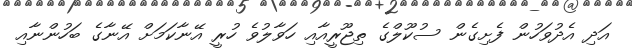
އަދި އެދުވަހުން ފެށިގެން ސުކޫލްގެ ތިޖޫރީއާއި ހަވާލުވެ ހުރީ އޭނާކަމަށް އޭނާގެ ބަހުންނާއި